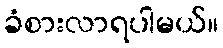
ခံစားလာရပါမယ်။